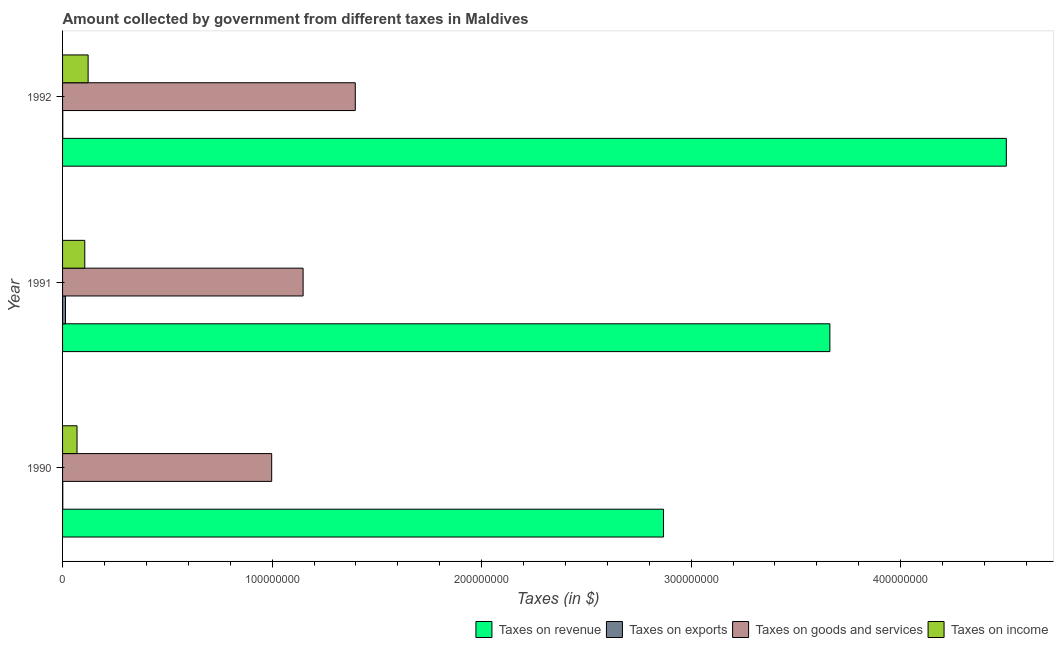
| Year | Taxes on revenue | Taxes on exports | Taxes on goods and services | Taxes on income |
 | --- | --- | --- | --- | --- |
 | 1990 | 2.87e+08 | 1e+05 | 9.98e+07 | 6.9e+06 |
 | 1991 | 3.66e+08 | 1.4e+06 | 1.15e+08 | 1.06e+07 |
 | 1992 | 4.5e+08 | 1e+05 | 1.4e+08 | 1.22e+07 |